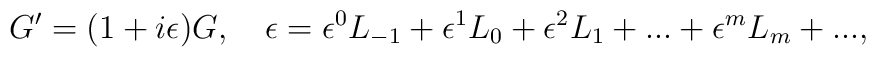
G'=(1+i\epsilon)G,\quad\epsilon =\epsilon^0 L_{-1}+{\epsilon^{1}}L_0+{\epsilon^{2}}L_1+...+{\epsilon^{m}}L_m+... ,